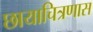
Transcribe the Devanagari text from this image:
छायाचित्रणास